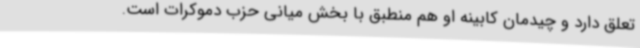
تعلق دارد و چیدمان کابینه او هم منطبق با بخش میانی حزب دموکرات است.